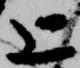
上